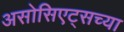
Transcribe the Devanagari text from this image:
असोसिएट्सच्या